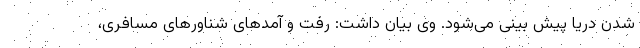
شدن دریا پیش بینی می‌شود. وی بیان داشت: رفت و آمدهای شناورهای مسافری،